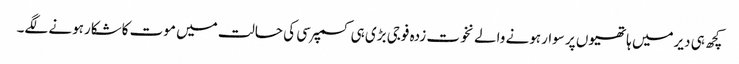
کچھ ہی دیرمیں ہاتھیوں پر سوارہونے والے نخوت زدہ فوجی بڑی ہی کسمپرسی کی حالت میں موت کاشکارہونے لگے۔